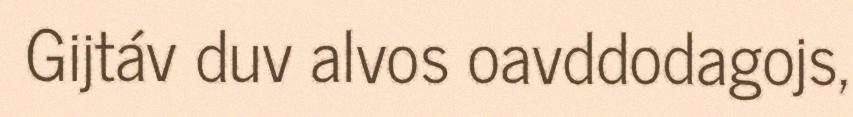
Gijtáv duv alvos oavddodagojs,